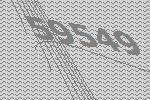
59549